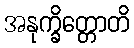
အနုက္ခိတ္တောတိ